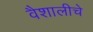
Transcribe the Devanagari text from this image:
वैशालीचे